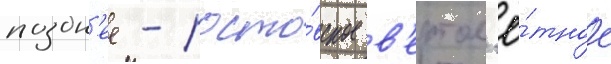
поздн'ее - росто́вское в'ертол'ё́тное